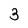
Character: 3